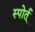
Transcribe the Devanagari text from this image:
स्पोर्त्